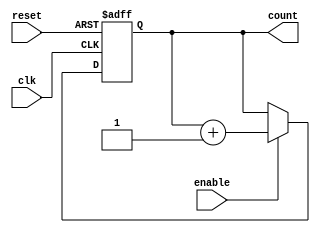
module async_reset_sync_counter (
    input wire clk,          // Clock signal
    input wire reset,        // Asynchronous reset signal
    input wire enable,       // Enable signal for counting
    output reg [n-1:0] count // n-bit counter output
);
    parameter n = 4; // Define the number of bits for the counter (can be adjusted)

    // Asynchronous reset and synchronous counting
    always @(posedge clk or posedge reset) begin
        if (reset) begin
            count <= 0; // Reset the counter to 0
        end else if (enable) begin
            count <= count + 1; // Increment the counter
        end
    end

endmodule